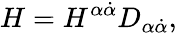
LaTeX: H=H^{\alpha\dot{\alpha}}D_{\alpha\dot{\alpha}},